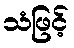
သံဖြင့်